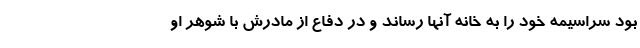
بود سراسیمه خود را به خانه آنها رساند و در دفاع از مادرش با شوهر او